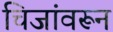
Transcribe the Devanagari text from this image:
चिजांवरून